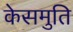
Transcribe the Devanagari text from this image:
केसमुति